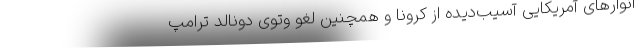
انوارهای آمریکایی آسیب‌دیده از کرونا و همچنین لغو وتوی دونالد ترامپ